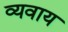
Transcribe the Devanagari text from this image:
व्यवाय